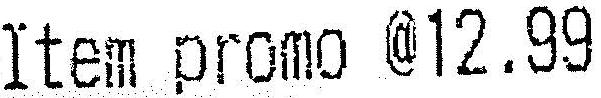
ITEM PROMO @12.99